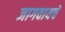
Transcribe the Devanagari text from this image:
जागवायचे